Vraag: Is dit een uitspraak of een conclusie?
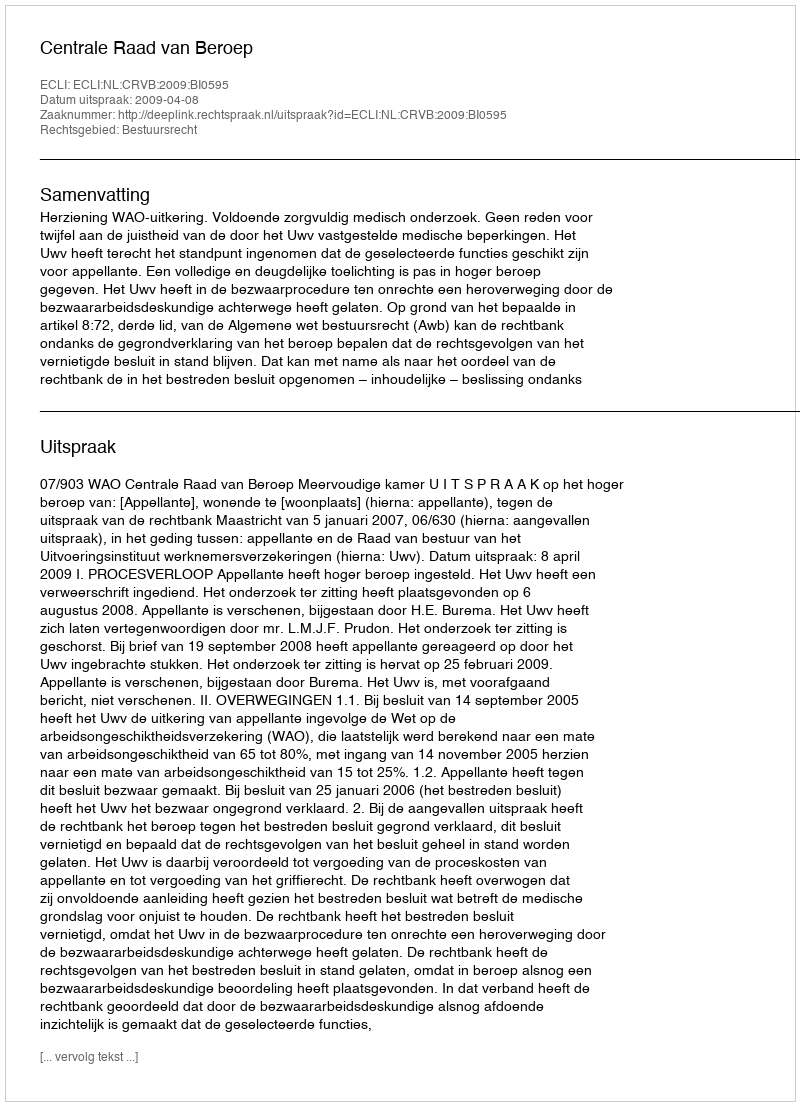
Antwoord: Uitspraak